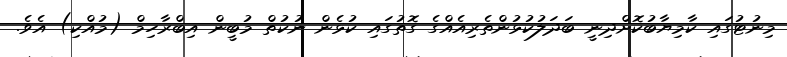
މިނުޓުގައި ކާމިޔާބުކޮށްދިނީ ބަދަލުކުޅުންތެރިއެއްގެ ގޮތުގައި ކުޅެން ނުކުތް މުބީން އިބްރާހިމް (މުއްކި) އެވެ.